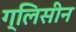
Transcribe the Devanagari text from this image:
ग्लिसीन